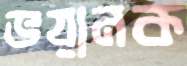
ভয়ানক